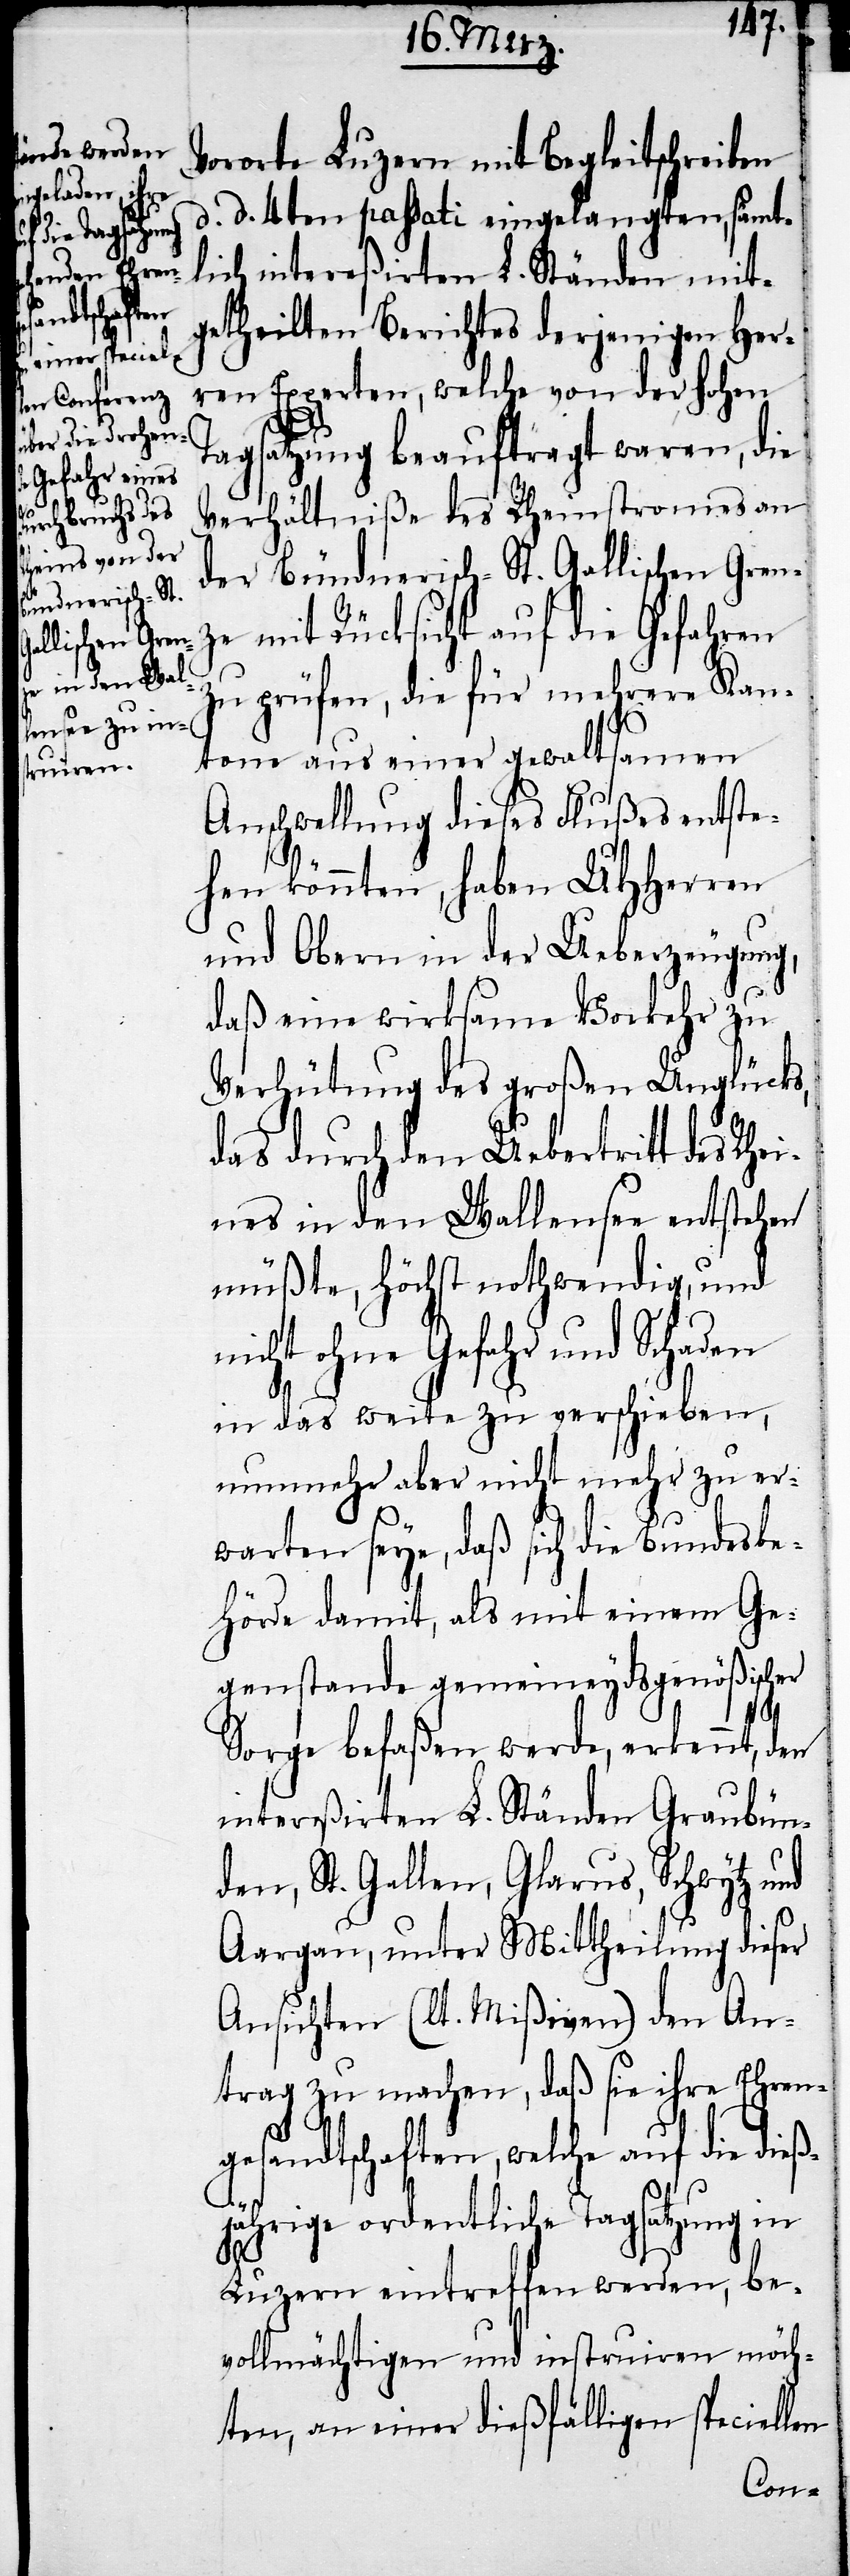
Vororte Luzern mit Begleitschreiben
d. d. 4ten passati eingelangten, sämt¬
lich intereßirten L. Ständen mit¬
getheilten Berichtes derjenigen Her¬
ren Experten, welche von der hohen
Tagsatzung beauftragt waren, die
Verhältniße des Rheinstromes an
der Bündnerisch-St. Gallischen Grenz¬
e mit Rücksicht auf die Gefahren
zu prüfen, die für mehrere Kan¬
tone aus einer gewaltsamen
Anschwellung dieses Flußes entste¬
hen könnten, haben UHHerren
und Obern in der Ueberzeugung,
daß eine wirksame Vorkehr zu
Verhütung des großen Unglücks,
das durch den Uebertritt des Rhei¬
nes in den Wallensee entstehen
müßte, höchst nothwendig, und
nicht ohne Gefahr und Schaden
in das weite zu verschieben,
nunmehr aber nicht mehr zu er¬
warten seye, daß sich die Bundesbe¬
hörde damit, als mit einem Ge¬
genstande gemeineydsgenößischer
Sorge befaßen werde, erkennt, den
intereßirten L. Ständen Graubün¬
den, St. Gallen, Glarus, Schwytz und
Aargau, unter Mittheilung dieser
Ansichten (lt. Mißiven) den An¬
trag zu machen, daß sie ihre Ehren¬
gesandtschaften, welche auf die dieß¬
jährige ordentliche Tagsatzung in
Luzern eintreffen werden, be¬
vollmächtigen und instruiren möch¬
ten, an einer dießfälligen speciellen